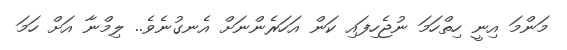
މަންމަ އިނީ ހިތްހަމަ ނުޖެހިފައި ކަން އަހަރެންނަށް އެނގުނެވެ.. ލިމްނާ އަށް ހަމަ